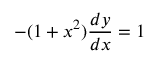
- ( 1 + x ^ { 2 } ) { \frac { d y } { d x } } = 1